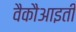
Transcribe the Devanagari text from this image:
वैकौआइती